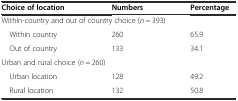
<table><thead><tr><td><b>Choice of location</b></td><td><b>Numbers</b></td><td><b>Percentage</b></td></tr></thead><tbody><tr><td colspan="3">Within-country and out of country choice (<i>n</i> = 393)</td></tr><tr><td> Within country</td><td>260</td><td>65.9</td></tr><tr><td> Out of country</td><td>133</td><td>34.1</td></tr><tr><td colspan="3">Urban and rural choice (<i>n</i> = 260)</td></tr><tr><td> Urban location</td><td>128</td><td>49.2</td></tr><tr><td> Rural location</td><td>132</td><td>50.8</td></tr></tbody></table>